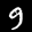
Label: 9